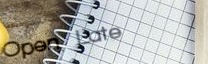
Open Late